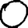
Digit: 0